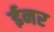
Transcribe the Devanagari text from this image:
ईनर